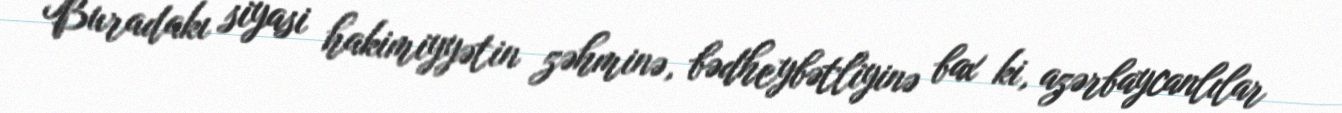
Buradakı siyasi hakimiyyətin zəhminə, bədheybətliyinə bax ki, azərbaycanlılar